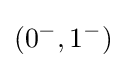
(0^{-},1^{-})